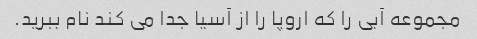
مجموعه آبی را که اروپا را از آسیا جدا می کند نام ببرید.